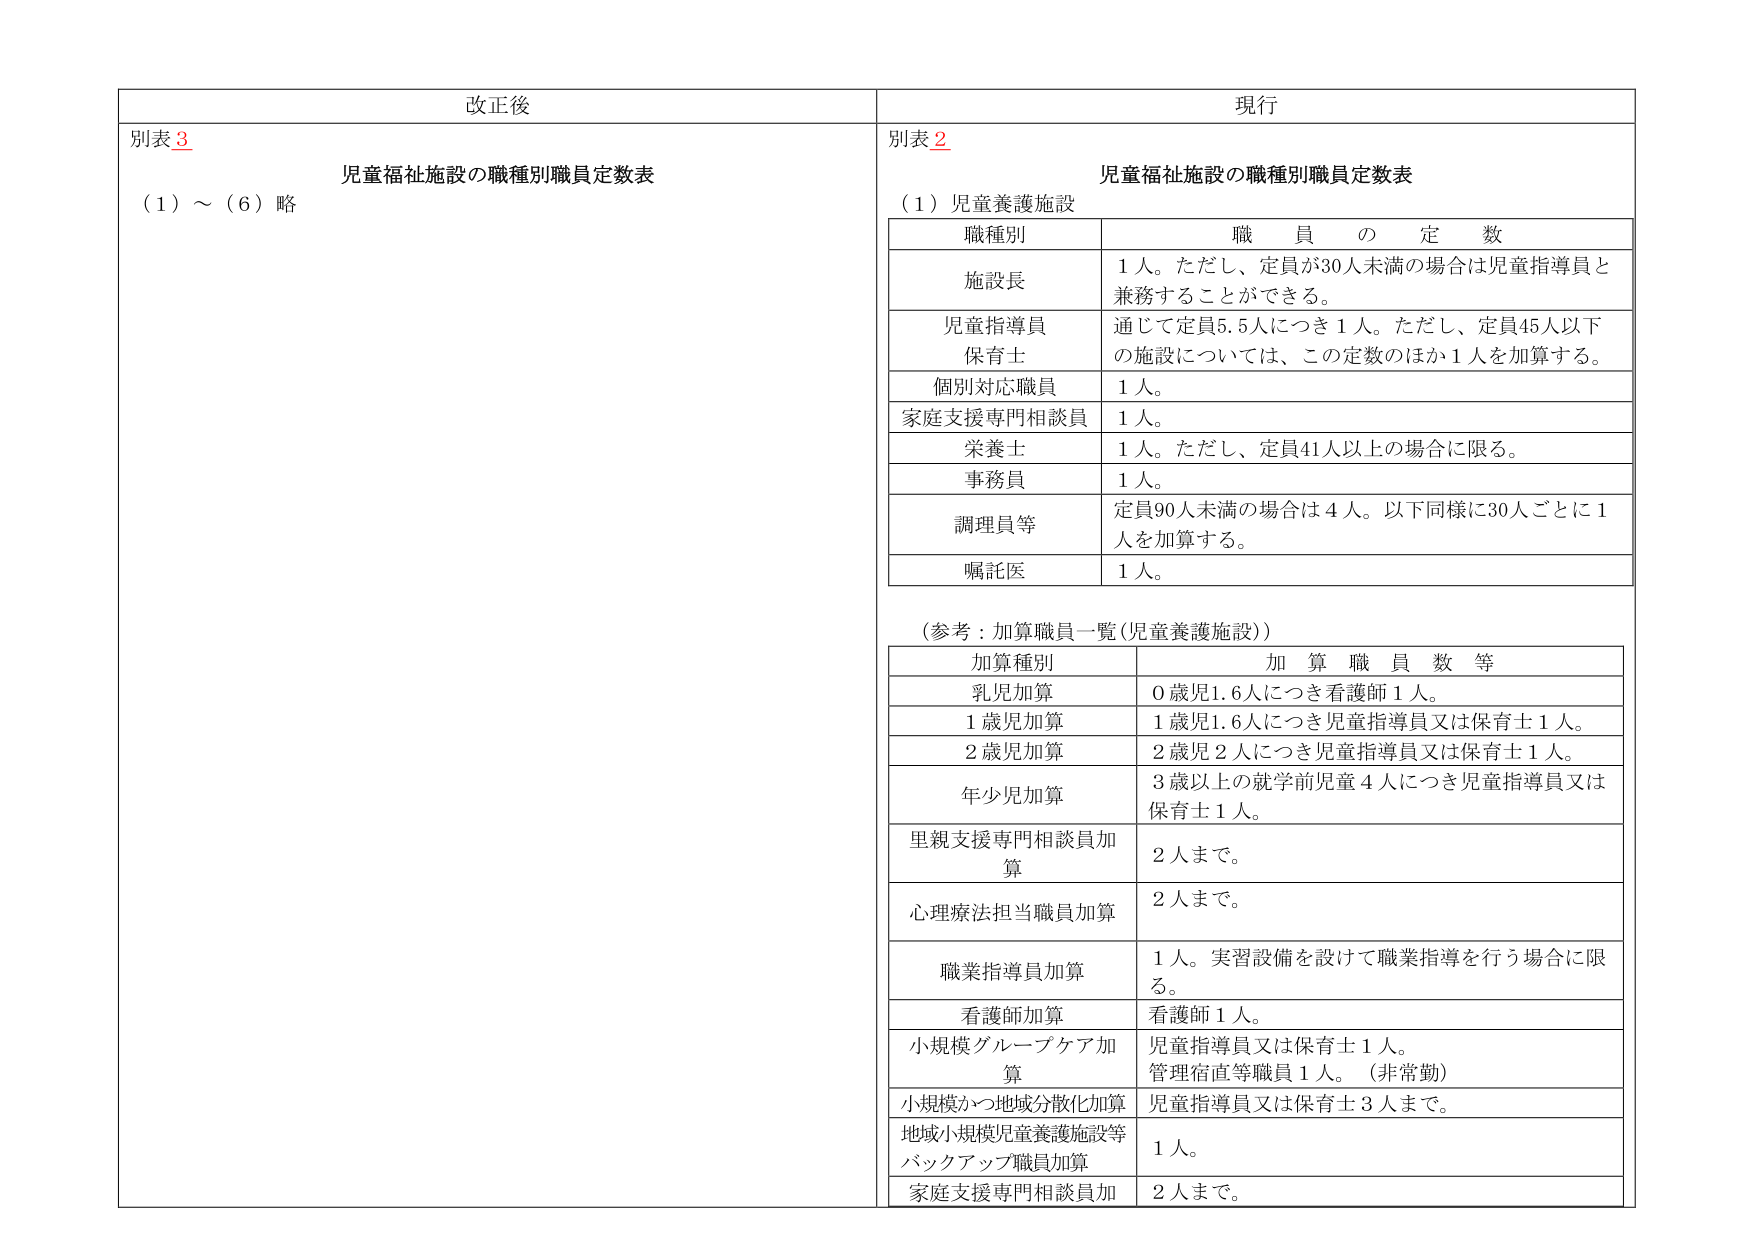
改正後
別表3
児童福祉施設の職種別職員定数表
（1）～（6）略

現行
別表2
児童福祉施設の職種別職員定数表
（1）児童養護施設

職種別　　　　　　　　　　　　　職員の定数
施設長　　　　　　　　　　　　1人。ただし、定員が30人未満の場合は児童指導員と兼務することができる。
児童指導員
保育士　　　　　　　　　　　　通じて定員5.5人につき1人。ただし、定員45人以下の施設については、この定数のほか1人を加算する。
個別対応職員　　　　　　　　　1人。
家庭支援専門相談員　　　　　　1人。
栄養士　　　　　　　　　　　　1人。ただし、定員41人以上の場合に限る。
事務員　　　　　　　　　　　　1人。
調理員等　　　　　　　　　　　定員90人未満の場合は4人。以下同様に30人ごとに1人を加算する。
嘱託医　　　　　　　　　　　　1人。

（参考：加算職員一覧（児童養護施設））

加算種別　　　　　　　　　　　加算職員数等
乳児加算　　　　　　　　　　　0歳児1.6人につき看護師1人。
1歳児加算　　　　　　　　　　　1歳児1.6人につき児童指導員又は保育士1人。
2歳児加算　　　　　　　　　　　2歳児2人につき児童指導員又は保育士1人。
年少児加算　　　　　　　　　　3歳以上の就学前児童4人につき児童指導員又は保育士1人。
里親支援専門相談員加算　　　　2人まで。
心理療法担当職員加算　　　　　2人まで。
職業指導員加算　　　　　　　　1人。実習設備を設けて職業指導を行う場合に限る。
看護師加算　　　　　　　　　　看護師1人。
小規模グループケア加算　　　　児童指導員又は保育士1人。管理宿直等職員1人。（非常勤）
小規模かつ地域分散化加算　　　児童指導員又は保育士3人まで。
地域小規模児童養護施設等
バックアップ職員加算　　　　　1人。
家庭支援専門相談員加　　　　　2人まで。